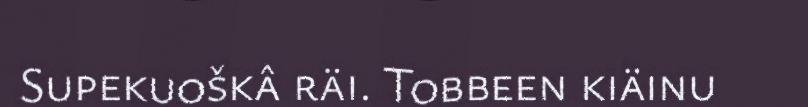
Supekuoškâ räi. Tobbeen kiäinu